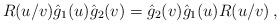
\begin{align*}R(u/v)\hat g_{1}(u)\hat g_{2}(v)=\hat g_{2}(v)\hat g_{1}(u)R(u/v)\,,\end{align*}